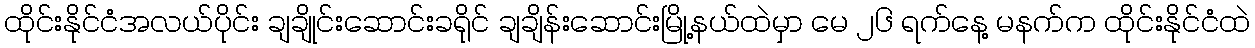
ထိုင်းနိုင်ငံအလယ်ပိုင်း ချချိုင်းဆောင်းခရိုင် ချချိန်းဆောင်းမြို့နယ်ထဲမှာ မေ ၂၆ ရက်နေ့ မနက်က ထိုင်းနိုင်ငံထဲ